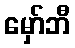
မှော်ဘီ